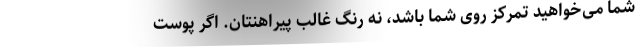
شما می‌خواهید تمرکز روی شما باشد، نه رنگ غالب پیراهنتان. اگر پوست